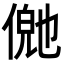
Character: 𬿊